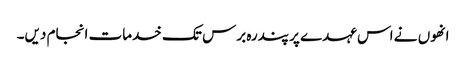
انھوں نے اس عہدے پر پندرہ برس تک خدمات انجام دیں۔